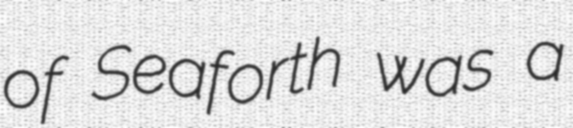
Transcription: of Seaforth was a